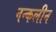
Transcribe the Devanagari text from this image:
नन्कलीन